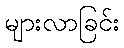
များလာခြင်း